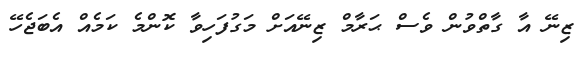
ޒިނޭ އާ ގާތްވުން ވެސް ޙަރާމް ޒިނޭއަށް މަގުފަހިވާ ކޮންމެ ކަމެއް އެބަޖެހޭ